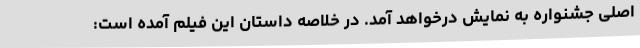
اصلی جشنواره به نمایش درخواهد آمد. در خلاصه داستان این فیلم آمده است: